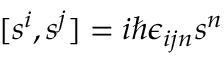
[ s ^ { i } , s ^ { j } ] = i \hbar \epsilon _ { i j n } s ^ { n }